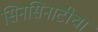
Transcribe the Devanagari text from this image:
सिनसिनाटीचा